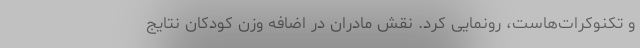
و تکنوکرات‌هاست، رونمایی کرد. نقش مادران در اضافه وزن کودکان نتایج